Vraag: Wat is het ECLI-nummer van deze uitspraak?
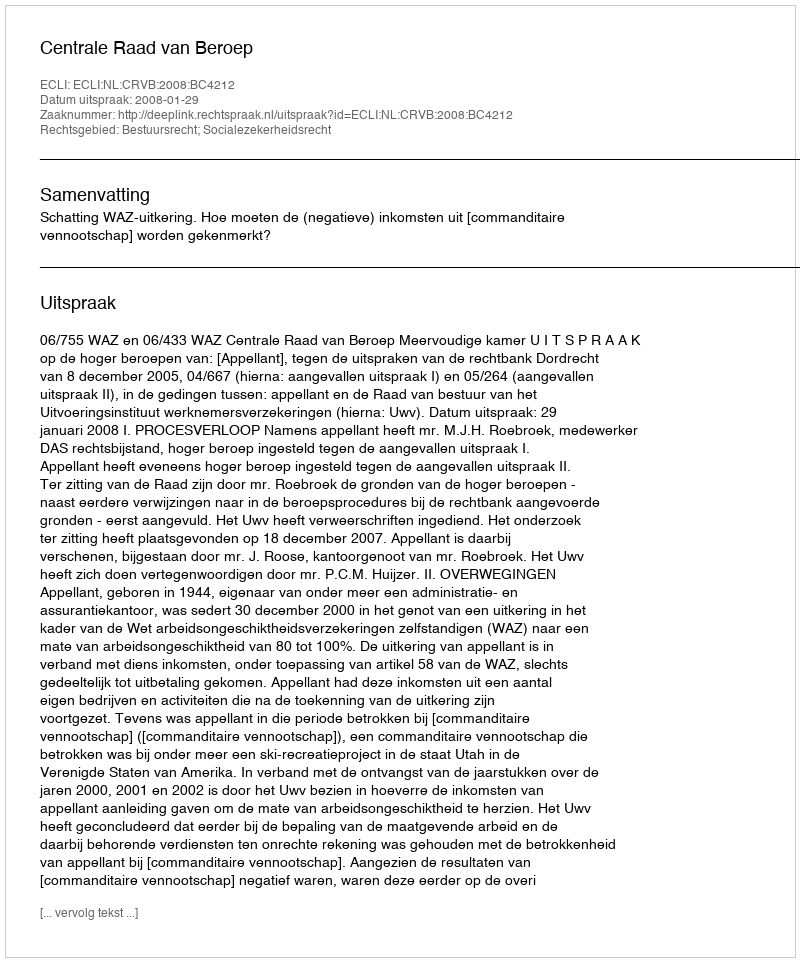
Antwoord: ECLI:NL:CRVB:2008:BC4212